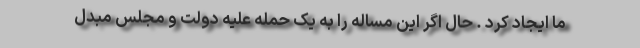
ما ایجاد کرد . حال اگر این مساله را به یک حمله علیه دولت و مجلس مبدل